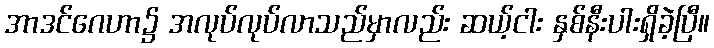
အာဒင်ဂေဟာ၌ အလုပ်လုပ်လာသည်မှာလည်း ဆယ့်ငါး နှစ်နီးပါးရှိခဲ့ပြီ။